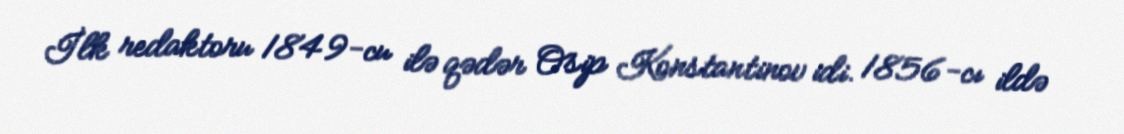
İlk redaktoru 1849-cu ilə qədər Osip Konstantinov idi. 1856-cı ildə